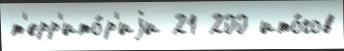
т'ерр'ито́р'иjи 21 200 ито́гов